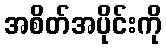
အစိတ်အပိုင်းကို